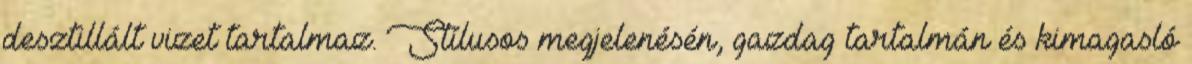
desztillált vizet tartalmaz. Stílusos megjelenésén, gazdag tartalmán és kimagasló